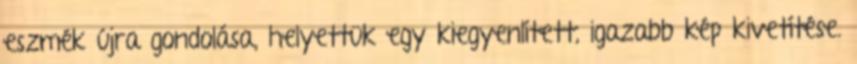
eszmék újra gondolása, helyettük egy kiegyenlített, igazabb kép kivetítése.